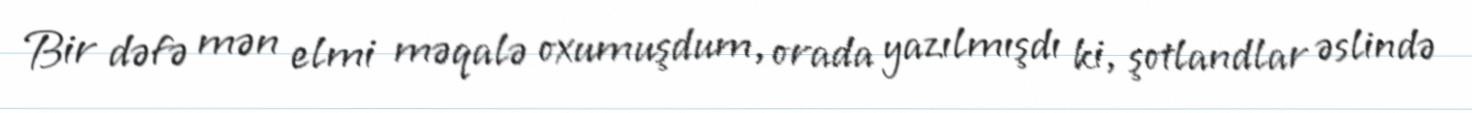
Bir dəfə mən elmi məqalə oxumuşdum, orada yazılmışdı ki, şotlandlar əslində